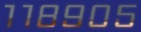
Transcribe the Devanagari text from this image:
११८९०५